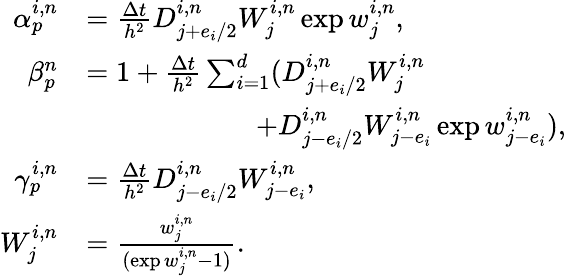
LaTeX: \begin{array}{rl}{\alpha_{p}^{i,n}}&{=\frac{\Delta t}{h^{2}}D_{j+e_{i}/2}^{i,n}W_{j}^{i,n}\exp w_{j}^{i,n},}\\ {\beta_{p}^{n}}&{=1+\frac{\Delta t}{h^{2}}\sum_{i=1}^{d}(D_{j+e_{i}/2}^{i,n}W_{j}^{i,n}}\\ &{\qquad\qquad\qquad+D_{j-e_{i}/2}^{i,n}W_{j-e_{i}}^{i,n}\exp w_{j-e_{i}}^{i,n}),}\\ {\gamma_{p}^{i,n}}&{=\frac{\Delta t}{h^{2}}D_{j-e_{i}/2}^{i,n}W_{j-e_{i}}^{i,n},}\\ {W_{j}^{i,n}}&{=\frac{w_{j}^{i,n}}{(\exp w_{j}^{i,n}-1)}.}\end{array}